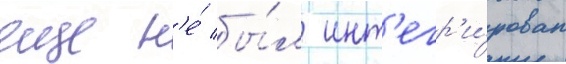
еще н'е́ бы́л инт'егр'и́рован